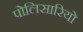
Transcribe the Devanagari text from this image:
पोलिसारियो